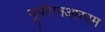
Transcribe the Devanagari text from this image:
यूपीएनआरएम